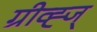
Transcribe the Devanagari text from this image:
ग्रीव्ह्ज्